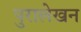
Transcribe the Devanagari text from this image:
पुरालेखन